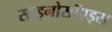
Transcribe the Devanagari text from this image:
साइनोसॉएड्स